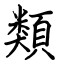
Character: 類